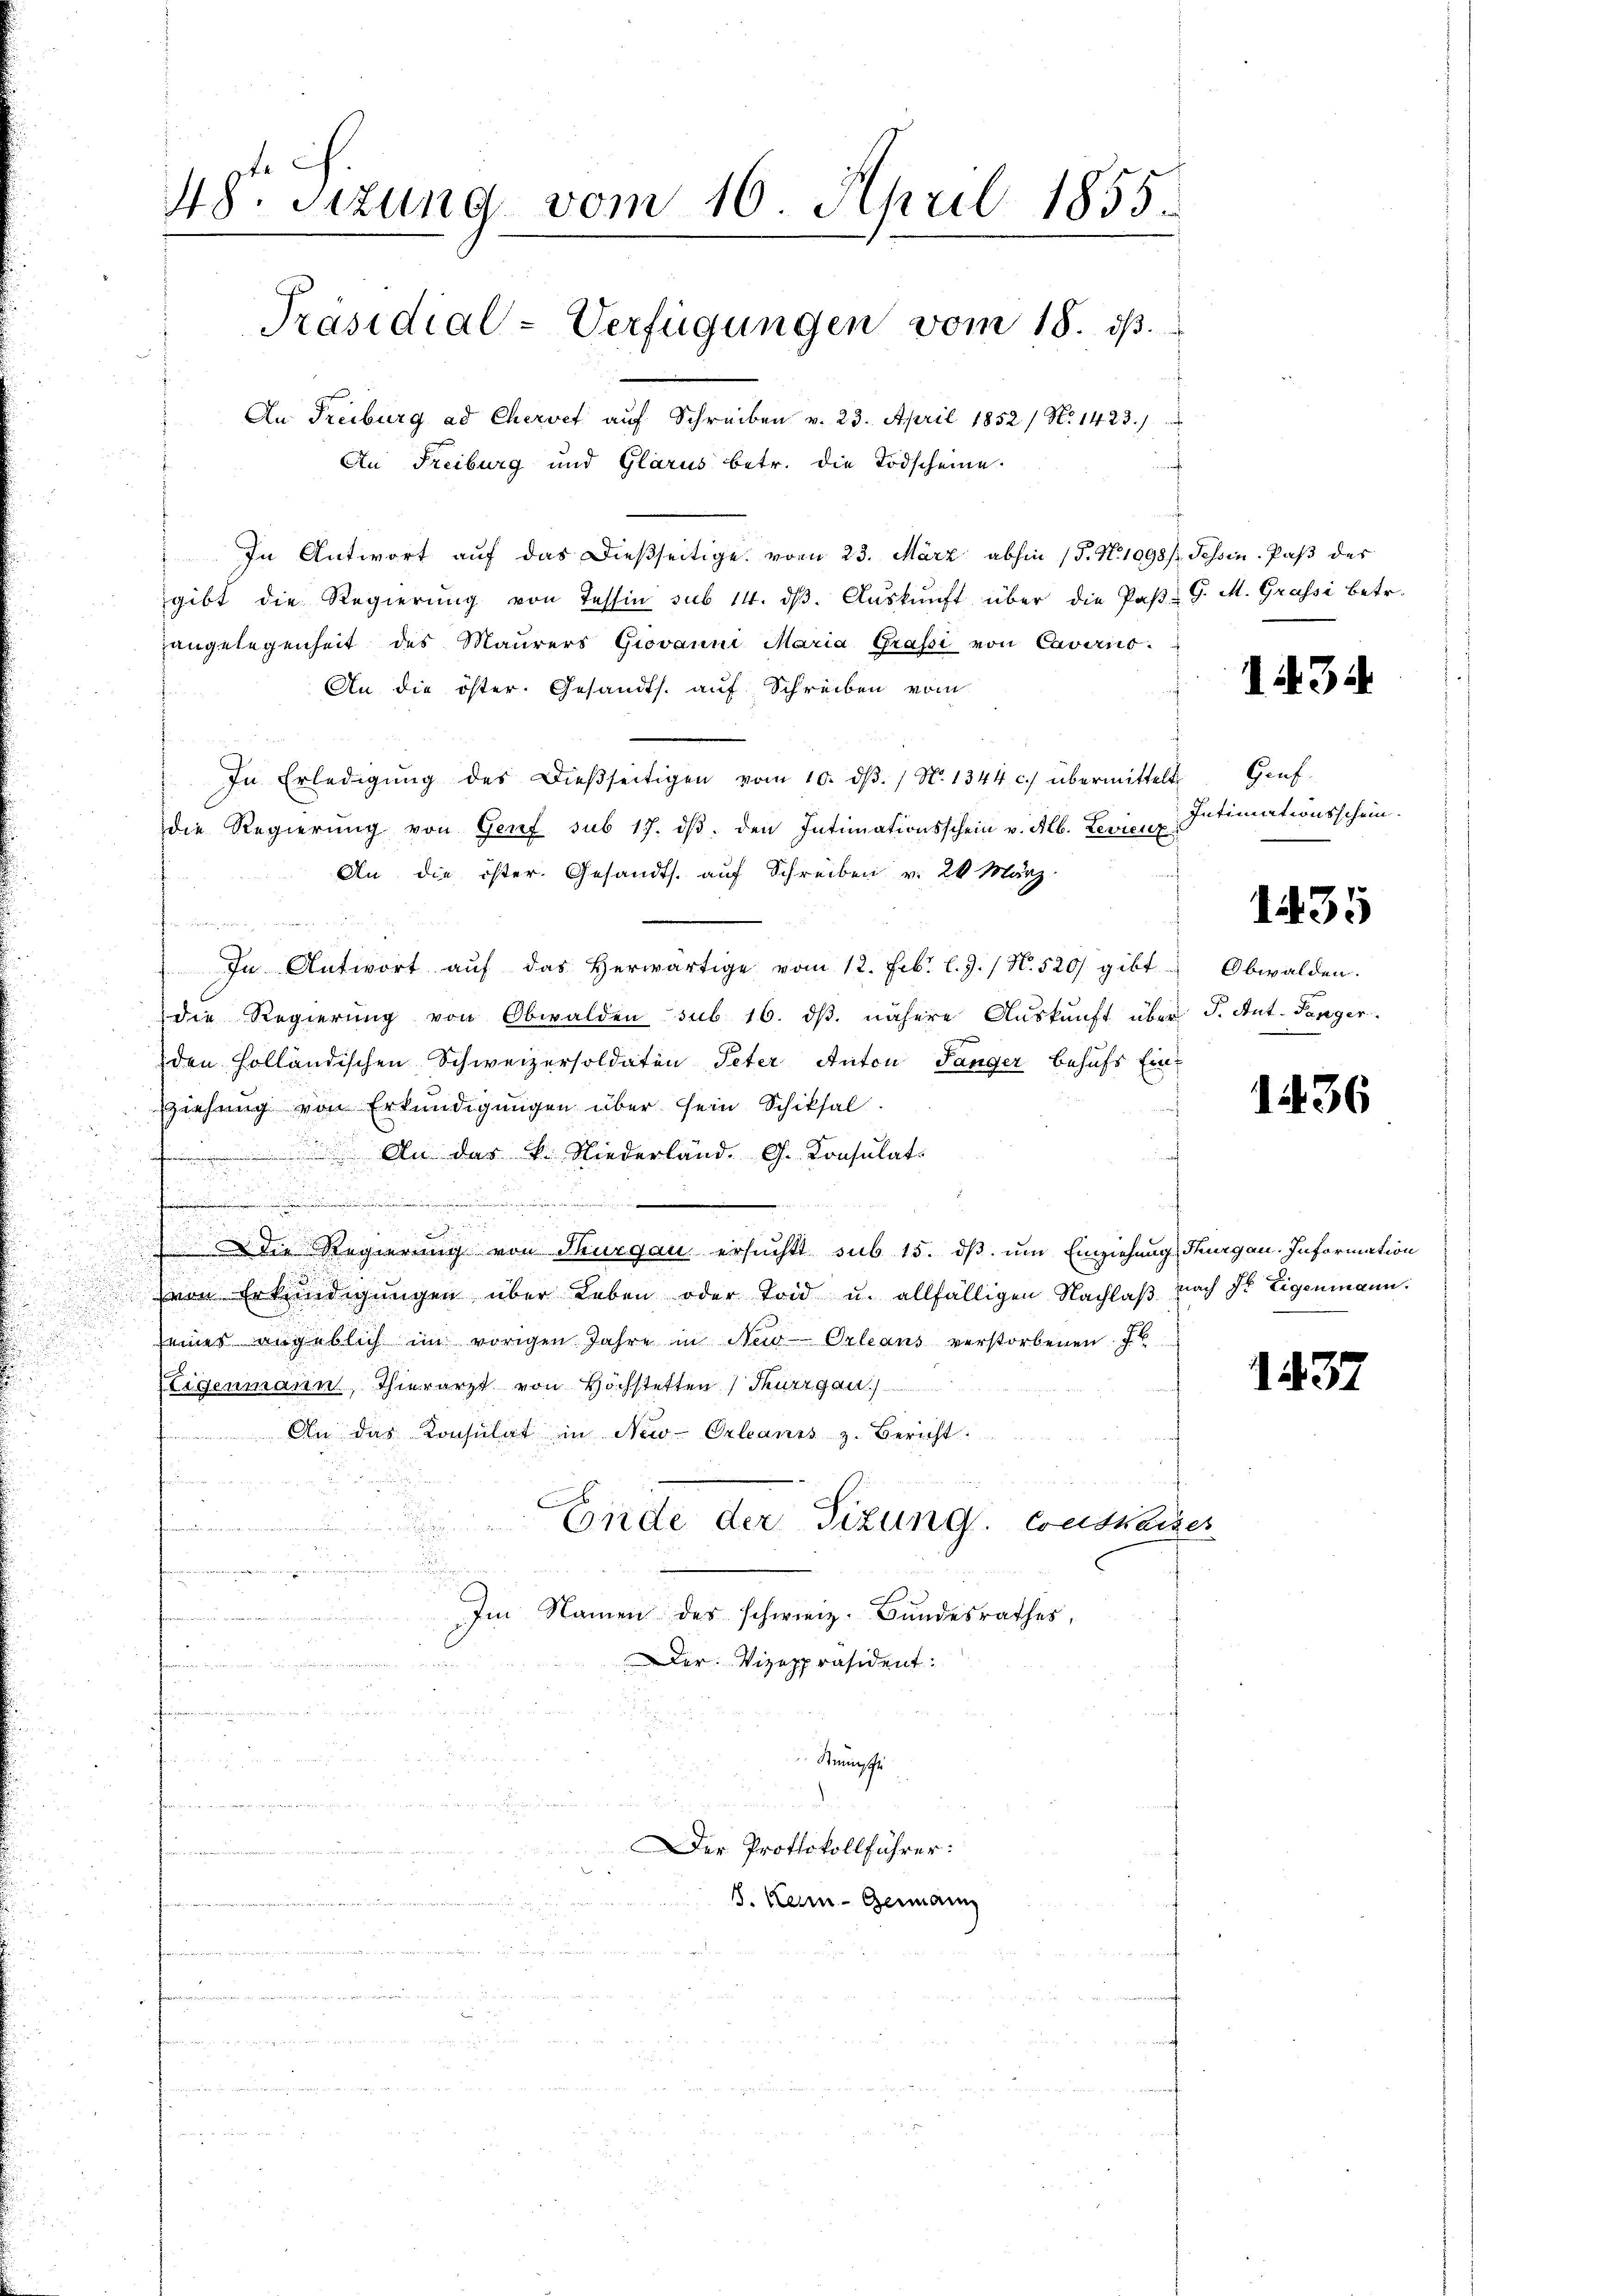
48. Sizung vom 16. April 1855.
Präsidial-Verfügungen vom 18. ds.
An Freiburg ad Chervet auf Schreiben v. 23. April 1852 / N. 1423.
t
An Freiburg und Glarus betr. die Todscheine

In Antwort auf das dießseitige vom 23. März abhin (S. N. 1098/, Tessin. Paβ des
gibt die Regierŭng von Tessin sub 14. dβ. Aŭskŭnft über die Paβ- G. M. Grafsi betr.
angelegenheit des Maurers Giovanni Maria Grafsi von Cavirico.
An die öster. Gesandts. auf Schreiben vom
In Erledigŭng des Dieβseitigen vom 10. dβ. / N. 1344 c.) übermittelt
die Regierŭng von Genf sub 17. dβ. den Intimationsschein v. Alb. Levienz
An die öster. Gesandts. auf Schreiben v. 26 März
.
 In Antwort aŭf das herwärtige vom 12. Febr. l. J. / N. 520 gibt
die Regierung von Obwalden sub 16. dβ. nähere Auskunft über J. Ant. Tanger.
den Holländischen Schweizersoldaten Peter Anton Sänger behufs Ein¬
Ziehung von Erkundigungen über sein Schiksal.
 An das V. Niederland. G. Konsulat

 Die Regierung von Thurgau ersucht sub 15. dß um Einziehung, Thurgau. Information
von Erkundigŭngen über Leben oder Toid u. allfälligen Nachlaβ nach Sr. Eigenmann.
eines angeblich im vorigen Jahre in New-Orleans verstorbenen J.
Eigenmann, Thierarzt von Höchstetten Thurgau.
 An das Konsulat in New-Orleanis z. Bericht
tun
Ende der Sizung. Consteiger
.
a

 i n
u
Im Namen des schweiz. Bundesrathes,
.
Der Vizepräsident:

B
a, und
fnung der au
Steinsche
d
u
.
 eser verweise
Der Protokollführer:

.
8. Kein Germann

1434.

Genf.
Intimationsschein.

1435

Obwalden.

1436

1437